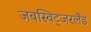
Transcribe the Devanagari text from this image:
जबस्विट्जरलैंड